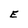
Character: E